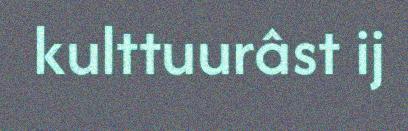
kulttuurâst ij